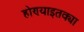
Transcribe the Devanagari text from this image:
होण्याइतक्या